Lunatic asylums Punjab 1868-1880 - 1868-1880
Year: 1868
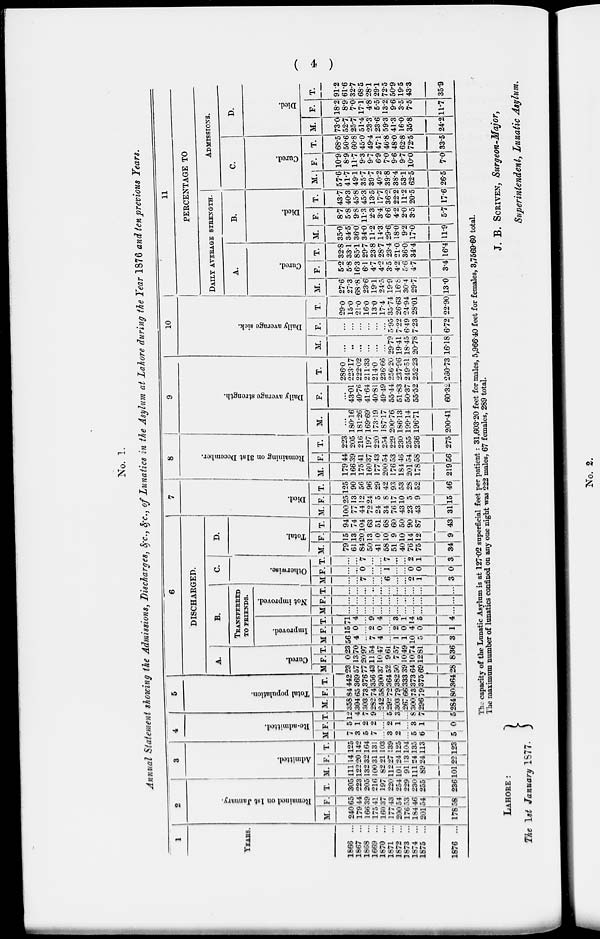
( 4 )
No. 1.
Annual Statement showing the Admissions, Discharges, &c., &c., of Lunatics in the Asylum at Lahore during the Year 1876 and ten previous Years.
1
YEARS.
1866 ...
1867 ...
1868 ...
1869 ...
1870 ...
1871 ...
1872 ...
1873 ...
1874 ...
1875 ...
1876 ...
2
Remained on 1st January.
M.
240
17S
166
175
160
177
200
176
184
201
178
F.
65
44
39
41
37
43
5.
53
46
54
58
T.
305
223
205
216
197
220
254
229
230
255
236
3
Admitted.
M.
111
122
132
100
82
112
101
91
111
89
101
F.
14
20
32
31
21
27
24
13
24
24
22
T.
125
142
164
131
103
139
125
104
135
113
123
4
Re-admitted.
M
7
3
5
7
...
3
2
...
5
6
5
F.
5
1
2
2
...
2
1
...
3
1
0
T.
12
4
7
9
...
5
3
...
8
7
5
5
Total population.
M.
358
304
303
282
242
292
303
267
300
296
284
F.
84
65
73
74
58
72
79
66
73
79
80
T.
442
369
376
356
300
364
382
333
373
375
364
6
DISCHARGED.
A.
Cured.
M
23
57
77
43
37
52
50
9
64
91
28
F.
0
13
20
11
10
9
7
10
10
12
8
T.
23
70
97
54
47
61
57
49
74
81
36
B.
TRANSFERRED
TO FRIENDS.
Improved.
M
56
4
..
7
4
...
1
l
10
5
3
F.
15
0
...
2
0
...
2
0
4
0
1
T.
71
4
...
9
4
...
3
1
4
5
4
Not improved.
M
...
...
...
...
...
...
...
...
...
...
F
...
...
...
...
...
...
...
...
...
...
...
T.
....
....
...
...
...
...
...
...
...
...
C.
Otherwise.
M.
...
...
7
...
...
6
...
...
2
1
3
F.
...
...
0
...
..
1
...
...
0
0
0
T.
...
...
7
...
...
7
...
...
2
1
3
D.
Total.
M.
79
61
84
50
41
58
51
40
76
75
34
F.
15
13
20
13
10
10
9
10
14
12
9
T.
94
74
104
63
51
68
60
50
90
87
43
7
Died.
M.
100
77
44
72
24
34
76
43
23
43
31
F.
25
13
12
24
5
8
17
10
5
9
15
T.
125
90
56
96
29
42
93
53
28
52
46
8
Remaining
on 31st December.
M.
179
166
175
160
177
200
176
184
201
178
219
F.
44
39
41
37
43
54
53
46
54
58
56
T.
223
205
216
197
220
254
229
230
255
236
275
9
Daily average strength.
M.
...
180.16
181.26
169.69
173.19
187.17
200.76
186.13
199.14
196.71
200.41
F.
...
43.01
40.76
41.64
40.81
49.49
55.44
51.83
50.37
55.52
60.32
T.
286.0
223.17
222.02
211.33
214.0
236.66
256.20
237.96
249.51
252.23
260.73
10
Daily average sick.
M.
...
...
...
...
...
...
29.79
19.41
18.45
20.78
16.18
F.
...
...
...
...
...
...
5.95
7.22
6.49
7.23
6.72
T.
29.0
15.0
21.0
16.0
13.0
17.4
35.74
26.63
24.94
28.01
22.90
11
PERCENTAGE TO
DAILY AVERAGE STRENGTH.
A.
Cured.
M.
27.6
27.3
68.8
23.6
19.1
24.5
19.9
16.8
30.4
9.7
13.0
F.
5.2
5.8
16.3
6.1
4.7
4.2
3.5
4.2
5.6
4.7
3.4
T.
32.8
33.1
85.1
29.7
23.8
28.7
23.4
21.0
36.0
34.4
16.4
B.
Died.
M.
35.0
34.5
36.0
34.0
11.2
14.3
29.6
18.0
9.2
17.0
11.9
F.
8.7
5.8
9.8
11.3
2.3
3.4
6.6
4.2
2.0
3.5
5.7
T.
43.7
40.3
45.8
45.3
13.5
17.7
36.2
22.2
11.2
20.5
17.6
ADMISSIONS.
C.
Cured.
M.
57.6
41.7
49.1
35.7
39.7
40.2
39.8
38.4
53.1
62.5
26.5
F.
10.9
8.9
11.7
9.3
9.7
6.9
7.0
9.6
9.7
10.0
7.0
T.
68.5
50.6
60.8
45.0
49.4
47.1
46.8
48.0
62.8
72.5
33.5
D.
Died.
M.
73.0
52.7
25.7
51.4
23.3
23.6
59.3
41.3
16.0
35.8
24.2
F.
18.2
8.9
7.0
17.1
4.8
5.5
13.2
9.6
3.5
7.5
11.7
T.
91.2
61.6
32.7
68.5
28.1
29.1
72.5
50.9
19.5
43.3
35.9
The capacity of the Lunatic Asylum is at 127.02 superficial feet per patient : 31,603.20 feet for males, 5,966.40 feet for females, 3,7569.60 total.
The maximum number of lunatics confined on any one night was 222 males, 67 females, 289 total.
LAHORE :
The 1st January 1877.
J. B. SCRIVEN, Surgeon-Major,
Superintendent, Lunatic Asylum.